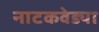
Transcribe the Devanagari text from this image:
नाटकवेड्या